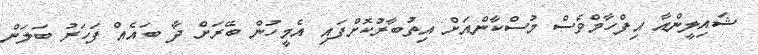
ޝައިލީންއާ އިފްހާމްވެސް މުސްކާންއަށް އިތުބާރުކޮށްފައި އެމީހުން ބޭރަށް ދާ ބައެއް ފަހަރު ބަލަން